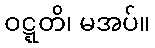
ဝဋ္ဋတိ၊ မအပ်။